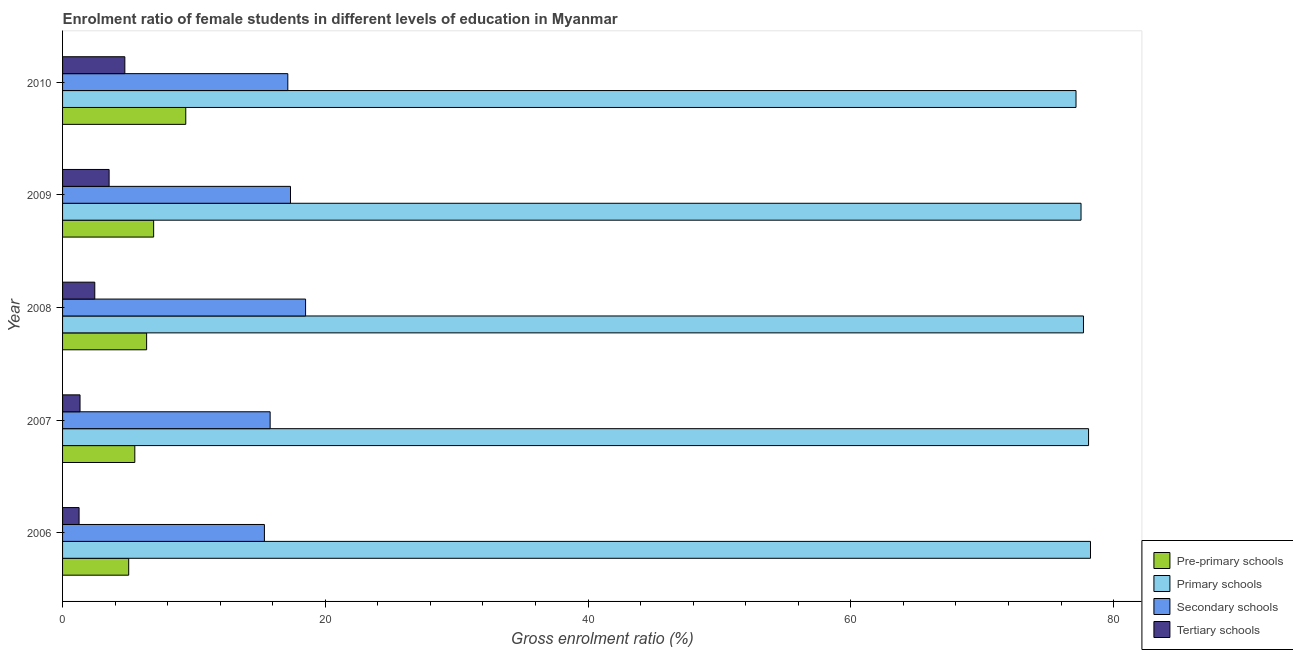
| Year | Pre-primary schools | Primary schools | Secondary schools | Tertiary schools |
 | --- | --- | --- | --- | --- |
 | 2006 | 5.03 | 78.2 | 15.4 | 1.26 |
 | 2007 | 5.5 | 78.1 | 15.8 | 1.33 |
 | 2008 | 6.4 | 77.7 | 18.5 | 2.45 |
 | 2009 | 6.93 | 77.5 | 17.3 | 3.54 |
 | 2010 | 9.38 | 77.1 | 17.1 | 4.74 |